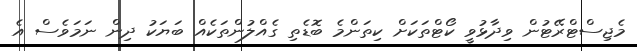
މެޖިސްޓްރޭޓުން ވިދާޅުވީ ކޯޓްތަކަށް ކިތަންމެ ބޮޑެތި ގެއްލުންތަކެއް ބަޔަކު ދިން ނަމަވެސް އެ